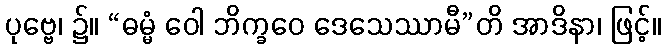
ပုဗ္ဗေ၊ ၌။ “ဓမ္မံ ဝေါ ဘိက္ခဝေ ဒေသေဿာမီ”တိ အာဒိနာ၊ ဖြင့်။